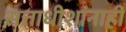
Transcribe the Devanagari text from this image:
सत्ताधीशांनाही